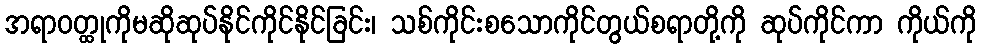
အရာဝတ္ထုကိုမဆိုဆုပ်နိုင်ကိုင်နိုင်ခြင်း၊ သစ်ကိုင်းစသောကိုင်တွယ်စရာတို့ကို ဆုပ်ကိုင်ကာ ကိုယ်ကို